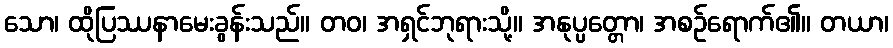
သော၊ ထိုပြဿနာမေးခွန်းသည်။ တဝ၊ အရှင်ဘုရားသို့။ အနုပ္ပတ္တော၊ အစဉ်ရောက်၏။ တယာ၊